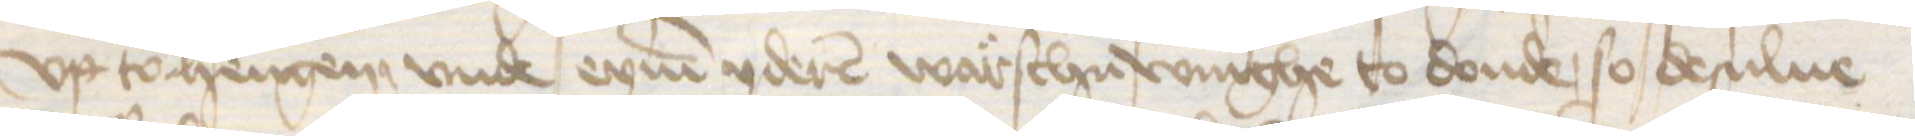
vp tohengen vnde eynen yderen warschuwinghe to donde, so desulue